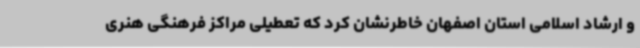
و ارشاد اسلامی استان اصفهان خاطرنشان کرد که تعطیلی مراکز فرهنگی هنری